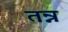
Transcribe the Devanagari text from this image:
तन्न